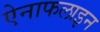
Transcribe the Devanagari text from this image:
ऐनाफलाइन